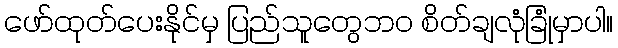
ဖော်ထုတ်ပေးနိုင်မှ ပြည်သူတွေဘဝ စိတ်ချလုံခြုံမှာပါ။